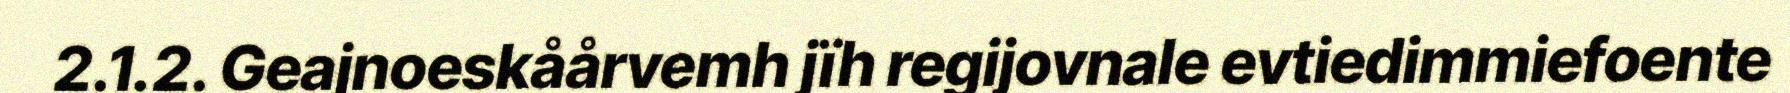
2.1.2. Geajnoeskåårvemh jïh regijovnale evtiedimmiefoente